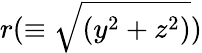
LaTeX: r(\equiv\sqrt{(y^{2}+z^{2})})